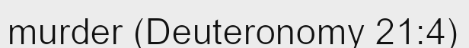
murder (Deuteronomy 21:4)